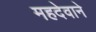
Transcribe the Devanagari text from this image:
महदेवाने